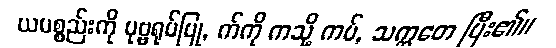
ယပစ္စည်းကို ပုဗ္ဗရုပ်ပြု, က်ကို ကသို့ ကပ်, သက္ကတေ ပြီး၏။